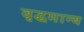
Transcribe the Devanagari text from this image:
वृद्धमान्य